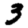
Digit: 3